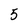
Character: 5